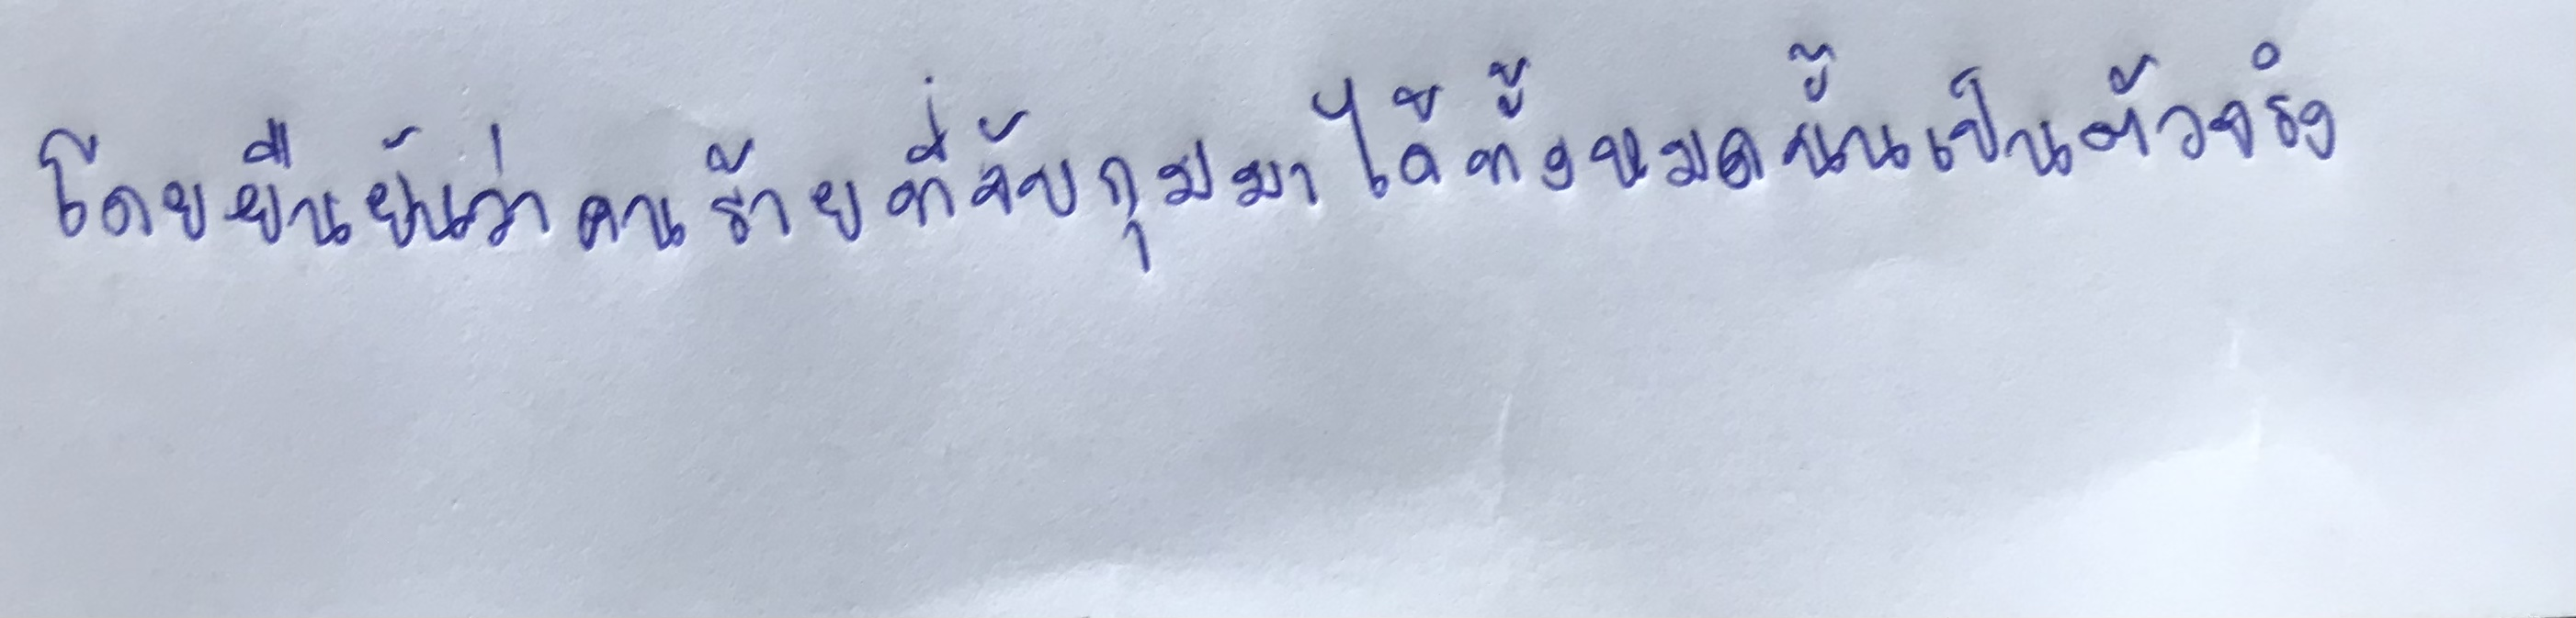
โดยยืนยันว่าคนร้ายที่จับกุมมาได้ทั้งหมดนั้นเป็นตัวจริง